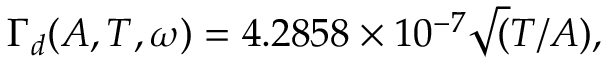
\Gamma _ { d } ( A , T , \omega ) = 4 . 2 8 5 8 \times 1 0 ^ { - 7 } \sqrt ( T / A ) ,